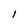
Character: 1